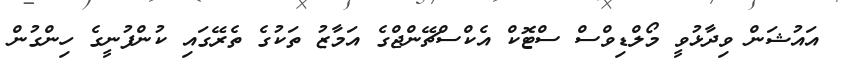
އައުޝަން ވިދާޅުވީ މޯލްޑިވްސް ސްޓޮކް އެކްސްޗޭންޖްގެ އަމާޒު ތަކުގެ ތެރޭގައި ކުންފުނީގެ ހިންގުން